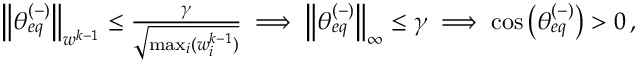
\begin{array} { r } { \left\lVert \theta _ { e q } ^ { ( - ) } \right\rVert _ { w ^ { k - 1 } } \leq \frac { \gamma } { \sqrt { \operatorname* { m a x } _ { i } ( w _ { i } ^ { k - 1 } ) } } \implies \left\lVert \theta _ { e q } ^ { ( - ) } \right\rVert _ { \infty } \leq \gamma \implies \cos \left( \theta _ { e q } ^ { ( - ) } \right) > 0 \, , } \end{array}